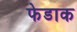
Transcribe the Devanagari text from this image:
फेडाक